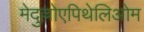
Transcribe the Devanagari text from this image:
मेदुल्लोएपिथेलिओम